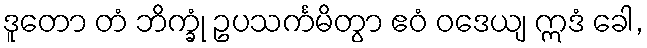
ဒူတော တံ ဘိက္ခုံ ဥပသင်္ကမိတွာ ဧဝံ ဝဒေယျ ဣဒံ ခေါ,